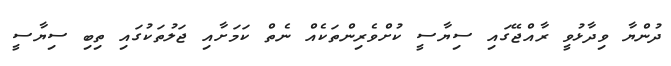
ދުންޔާ ވިދާޅުވީ ރާއްޖޭގައި ސިޔާސީ ކުށްވެެރިންތަކެއް ނެތް ކަމަށާއި ޖަލުތަކުގައި ތިބި ސިޔާސީ